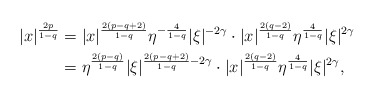
\begin{align*} |x|^\frac{2p}{1-q} &= |x|^\frac{2(p-q+2)}{1-q} \eta^{-\frac{4}{1-q}} |\xi|^{-2\gamma} \cdot |x|^\frac{2(q-2)}{1-q} \eta^\frac{4}{1-q} |\xi|^{2\gamma} \\ &= \eta^\frac{2(p-q)}{1-q} |\xi|^{\frac{2(p-q+2)}{1-q}-2\gamma} \cdot |x|^\frac{2(q-2)}{1-q} \eta^\frac{4}{1-q} |\xi|^{2\gamma}, \end{align*}